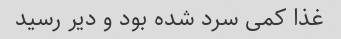
غذا کمی سرد شده بود و دیر رسید